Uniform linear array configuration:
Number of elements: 12
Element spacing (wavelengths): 1
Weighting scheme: exponential
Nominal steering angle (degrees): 45
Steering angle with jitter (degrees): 46.969
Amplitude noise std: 0.05
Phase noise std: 0.05

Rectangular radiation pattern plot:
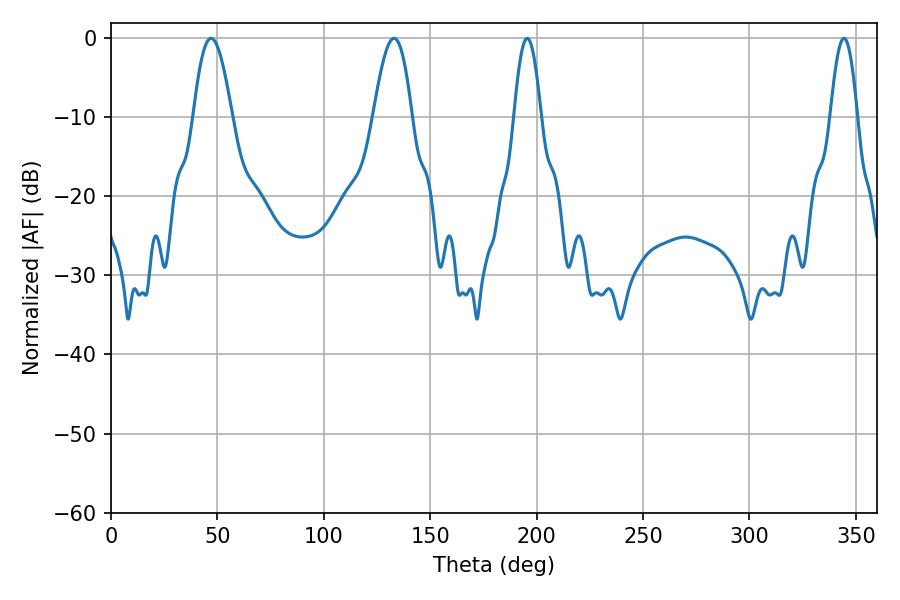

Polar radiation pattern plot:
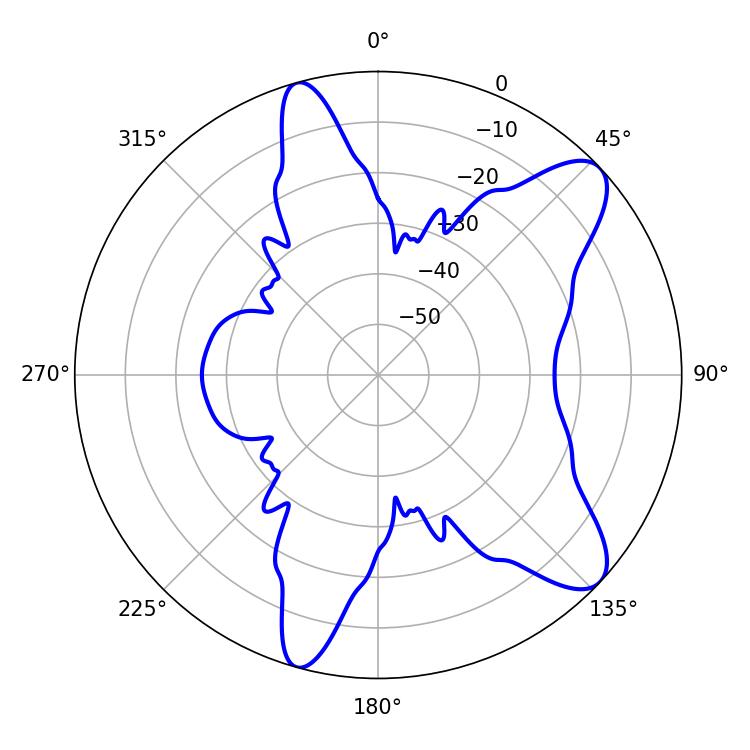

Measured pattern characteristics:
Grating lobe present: TRUE
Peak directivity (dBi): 9.738
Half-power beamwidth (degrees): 9.9
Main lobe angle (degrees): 46.98